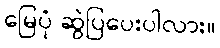
မြေပုံ ဆွဲပြပေးပါလား။